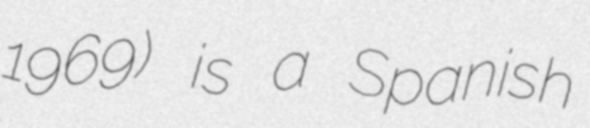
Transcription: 1969) is a Spanish